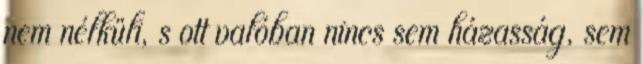
nem nélküli, s ott valóban nincs sem házasság, sem